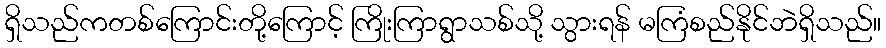
ရှိသည်ကတစ်ကြောင်းတို့ကြောင့် ကြိုးကြာရွာသစ်သို့ သွားရန် မကြံစည်နိုင်ဘဲရှိသည်။